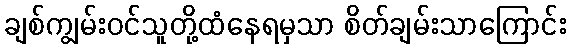
ချစ်ကျွမ်းဝင်သူတို့ထံနေရမှသာ စိတ်ချမ်းသာကြောင်း